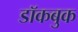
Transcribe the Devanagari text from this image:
डॉकबुक